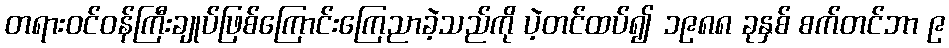
တရားဝင်ဝန်ကြီးချုပ်ဖြစ်ကြောင်းကြေညာခဲ့သည်ကို ပဲ့တင်ထပ်၍ ၁၉၈၈ ခုနှစ် စက်တင်ဘာ ၉